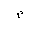
Letter: _mim